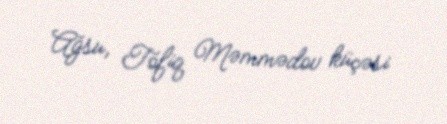
Ağsu, Tofiq Məmmədov küçəsi